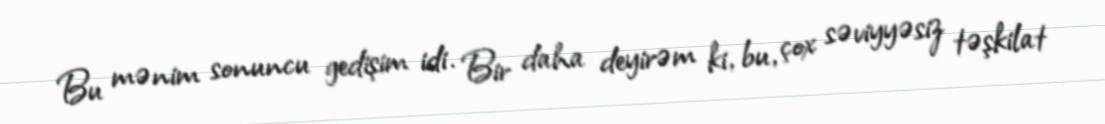
Bu mənim sonuncu gedişim idi. Bir daha deyirəm ki, bu, çox səviyyəsiz təşkilat